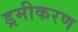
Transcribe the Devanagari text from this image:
ड्रमीकरण